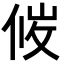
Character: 𪝇